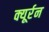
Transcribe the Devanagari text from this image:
क्यूर्रन